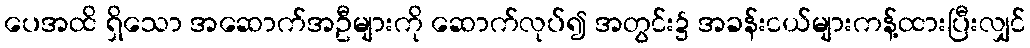
ပေအထိ ရှိသော အဆောက်အဦများကို ဆောက်လုပ်၍ အတွင်း၌ အခန်းငယ်များကန့်ထားပြီးလျှင်